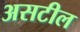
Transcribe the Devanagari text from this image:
असटील